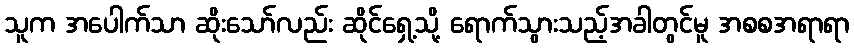
သူက အပေါက်သာ ဆိုးသော်လည်း ဆိုင်ရှေ့သို့ ရောက်သွားသည့်အခါတွင်မူ အစစအရာရာ